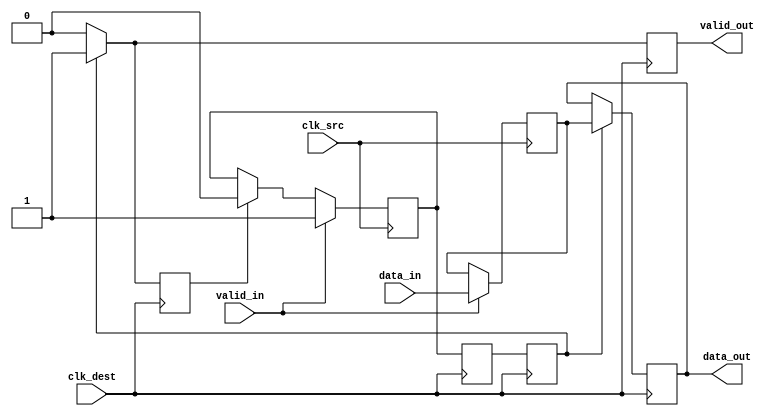
module HandshakeSynchronizer (
    input wire clk_src,       // Clock signal for the source domain
    input wire clk_dest,      // Clock signal for the destination domain
    input wire [7:0] data_in, // Data signal from the source clock domain
    input wire valid_in,      // Signal indicating data_in is valid
    output reg [7:0] data_out, // Synchronized data signal in the destination domain
    output reg valid_out      // Signal indicating data_out is valid
);

    // Internal signals
    reg [7:0] sync_data;      // Register to hold data during synchronization
    reg sync_valid;           // Register to hold valid signal during synchronization
    reg ack;                  // Acknowledgment signal from the destination domain

    // Source clock domain process
    always @(posedge clk_src) begin
        if (valid_in) begin
            sync_data <= data_in; // Latch data_in into sync_data
            sync_valid <= 1'b1;    // Assert sync_valid
        end else if (ack) begin
            sync_valid <= 1'b0;    // Deassert sync_valid on ack from destination
        end
    end

    // Destination clock domain process
    reg sync_valid_d1, sync_valid_d2; // Double-flop synchronizer for sync_valid

    always @(posedge clk_dest) begin
        // Synchronize the sync_valid signal
        sync_valid_d1 <= sync_valid;
        sync_valid_d2 <= sync_valid_d1;

        if (sync_valid_d2) begin
            data_out <= sync_data; // Read the synchronized data
            valid_out <= 1'b1;      // Assert valid_out indicating data_out is valid
            ack <= 1'b1;            // Assert ack to acknowledge receipt
        end else begin
            valid_out <= 1'b0;      // Deassert valid_out if sync_valid is not asserted
            ack <= 1'b0;            // Deassert ack if no valid data is present
        end
    end

endmodule